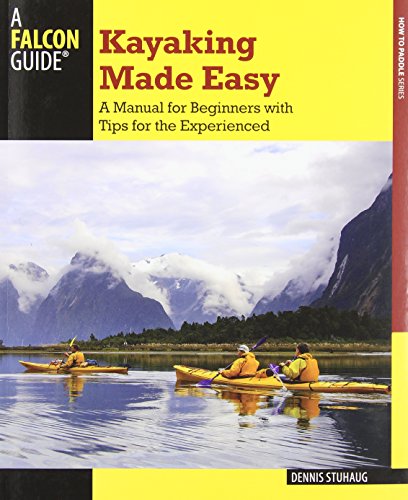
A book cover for Kayaking Made Easy: A Manual For Beginners With Tips For The Experienced (How to Paddle Series); Dennis Stuhaug; Sports & Outdoors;